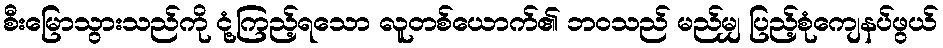
စီးမြောသွားသည်ကို ငုံ့ကြည့်ရသော လူတစ်ယောက်၏ ဘဝသည် မည်မျှ ပြည့်စုံကျေနပ်ဖွယ်